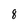
Character: 8